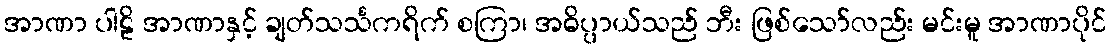
အာဏာ ပါဠိ အာဏာနှင့် ချတ်သင်္သကရိက် စကြာ၊ အဓိပ္ပာယ်သည် ဘီး ဖြစ်သော်လည်း မင်းမူ အာဏာပိုင်